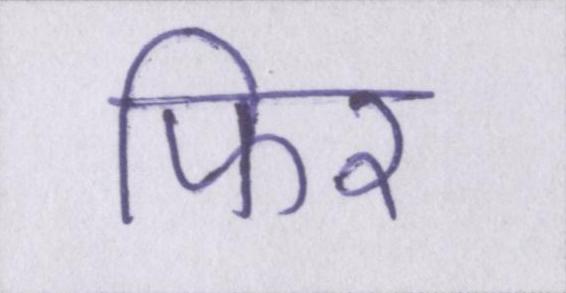
फिर